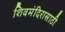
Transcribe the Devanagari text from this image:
शिवमंदिरासाठी